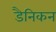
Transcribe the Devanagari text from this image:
डैनिकन